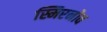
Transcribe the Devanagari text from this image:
स्मिरनोव